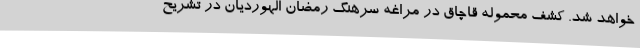
خواهد شد. کشف محموله قاچاق در مراغه سرهنگ رمضان الهوردیان در تشریح